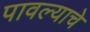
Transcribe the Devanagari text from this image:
पावल्याचे